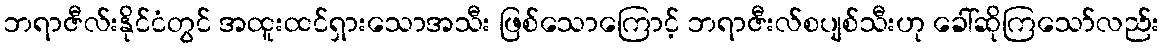
ဘရာဇီလ်းနိုင်ငံတွင် အထူးထင်ရှားသောအသီး ဖြစ်သောကြောင့် ဘရာဇီးလ်စပျစ်သီးဟု ခေါ်ဆိုကြသော်လည်း